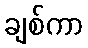
ချစ်ကာ